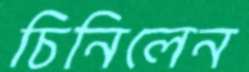
চিনিলেন